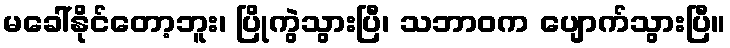
မခေါ်နိုင်တော့ဘူး၊ ပြိုကွဲသွားပြီ၊ သဘာဝက ပျောက်သွားပြီ။